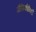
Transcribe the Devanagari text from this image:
जैविकीविदों